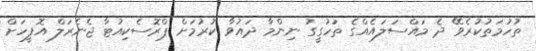
ތުހުމަތުކުރެވޭ ދެ މައްސަލައެއްގެ ތަހުގީގު ނިންމާ ދައުވާ ކުރުމަށް ޕްރޮސެކިއުޓާ ޖެނެރަލް އޮފީހަށް